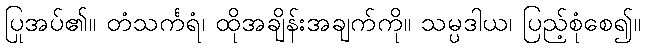
ပြုအပ်၏။ တံသင်္ကရံ၊ ထိုအချိန်းအချက်ကို။ သမ္ပဒါယ၊ ပြည့်စုံစေ၍။